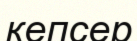
кепсер